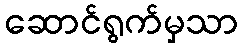
ဆောင်ရွက်မှသာ